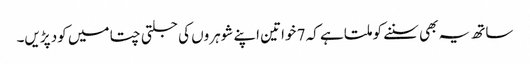
ساتھ یہ بھی سننے کو ملتا ہے کہ 7 خواتین اپنے شوہروں کی جلتی چتا میں کود پڑیں۔